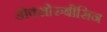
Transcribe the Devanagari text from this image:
डोक्सोरुबीसिन